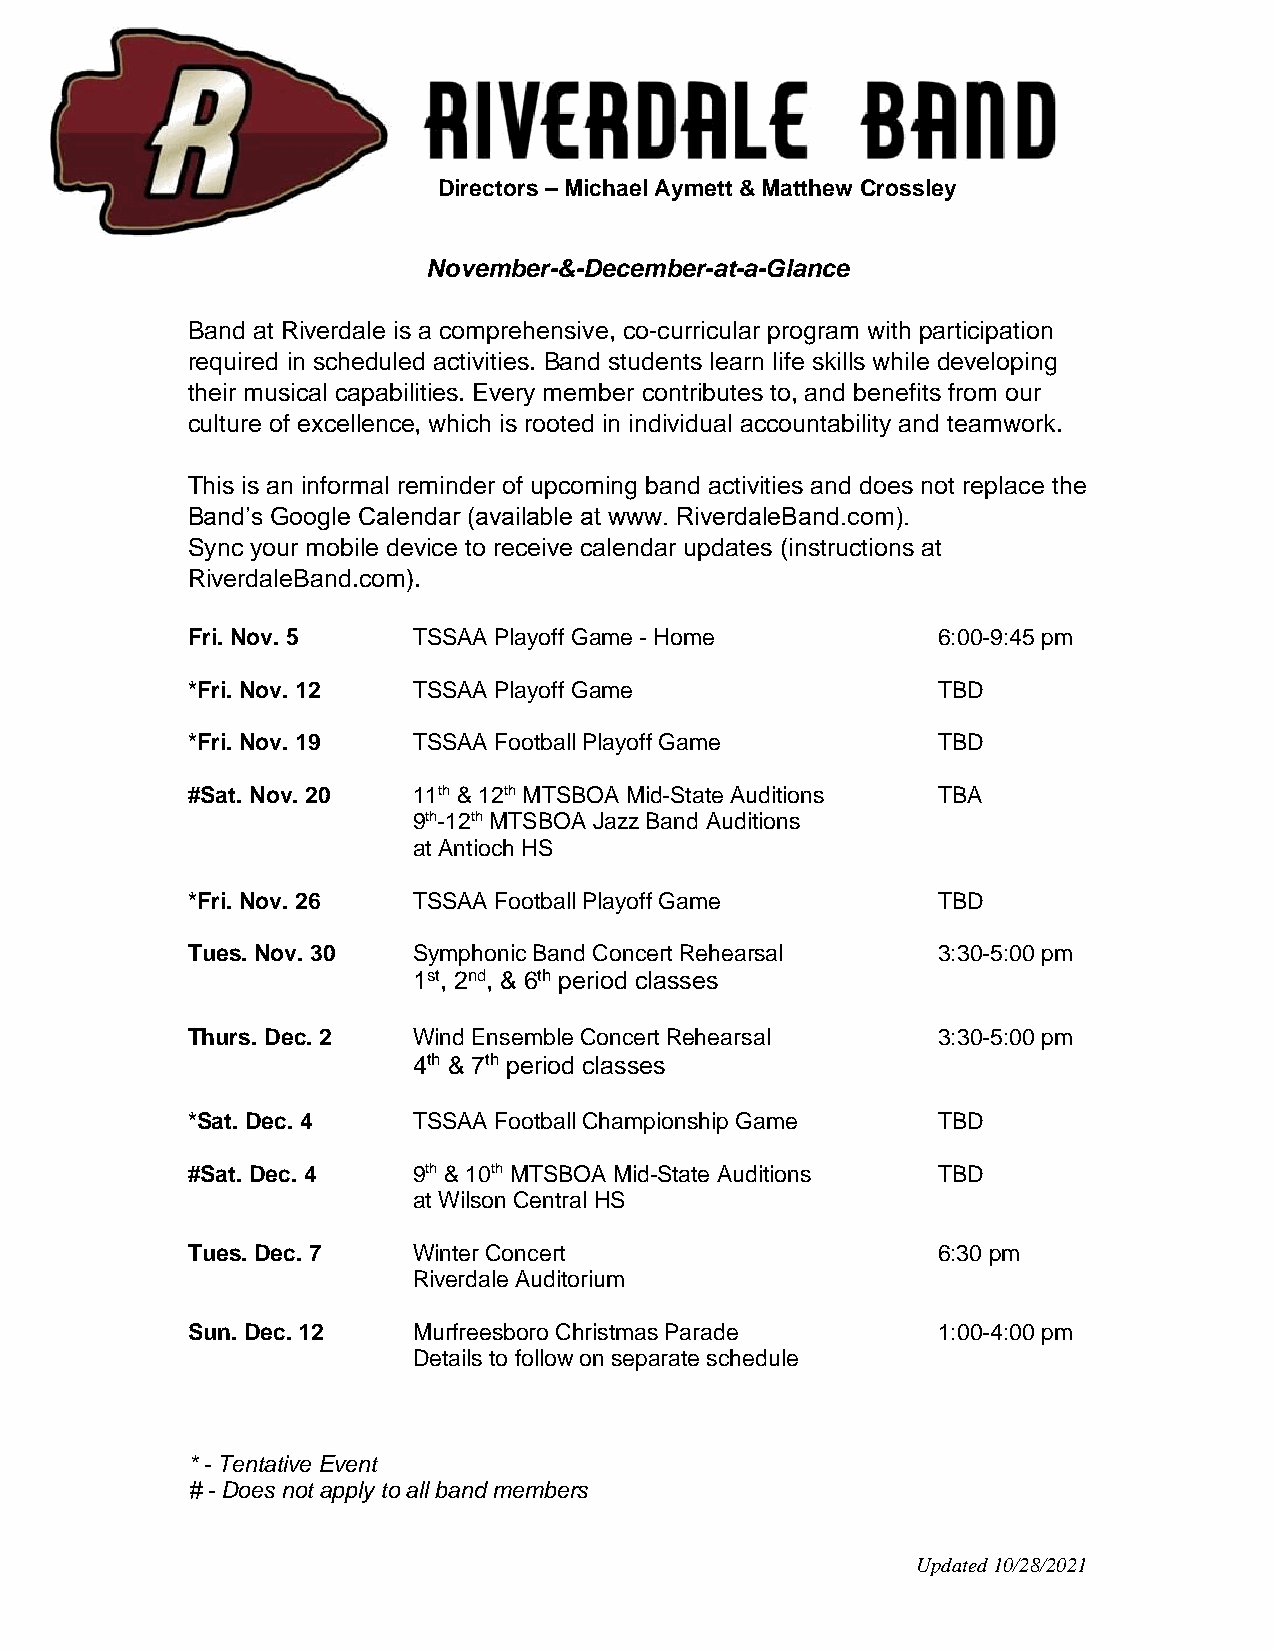
Directors – Michael Aymett & Matthew Crossley
 November-&-December-at-a-Glance
 Band at Riverdale is a comprehensive, co-curricular program with participation
 required in scheduled activities. Band students learn life skills while developing
 their musical capabilities. Every member contributes to, and benefits from our
 culture of excellence, which is rooted in individual accountability and teamwork.
 This is an informal reminder of upcoming band activities and does not replace the
 Band’s Google Calendar (available at www. RiverdaleBand.com).
 Sync your mobile device to receive calendar updates (instructions at
 RiverdaleBand.com).
 Fri. Nov. 5    TSSAA Playoff Game - Home          6:00-9:45 pm
 *Fri. Nov. 12  TSSAA Playoff Game                 TBD
 *Fri. Nov. 19  TSSAA Football Playoff Game        TBD
 #Sat. Nov. 20  11th & 12th MTSBOA Mid-State Auditions TBA
 9th-12th MTSBOA Jazz Band Auditions
 at Antioch HS
 *Fri. Nov. 26  TSSAA Football Playoff Game        TBD
 Tues. Nov. 30  Symphonic Band Concert Rehearsal   3:30-5:00 pm
 1st, 2nd, & 6th period classes
 Thurs. Dec. 2  Wind Ensemble Concert Rehearsal    3:30-5:00 pm
 4th & 7th period classes
 *Sat. Dec. 4   TSSAA Football Championship Game   TBD
 #Sat. Dec. 4   9th & 10th MTSBOA Mid-State Auditions TBD
 at Wilson Central HS
 Tues. Dec. 7   Winter Concert                     6:30 pm
 Riverdale Auditorium
 Sun. Dec. 12   Murfreesboro Christmas Parade      1:00-4:00 pm
 Details to follow on separate schedule
 * - Tentative Event
 # - Does not apply to all band members
 Updated 10/28/2021